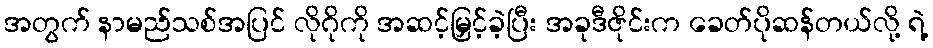
အတွက် နာမည်သစ်အပြင် လိုဂိုကို အဆင့်မြှင့်ခဲ့ပြီး အခုဒီဇိုင်းက ခေတ်ပိုဆန်တယ်လို့ ရဲ့